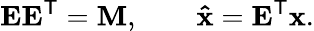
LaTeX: \mathbf{EE}^{\mathsf{T}}=\mathbf{M},\qquad\mathbf{\hat{x}}=\mathbf{E}^{\mathsf{T}}\mathbf{x}.